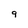
Character: 9